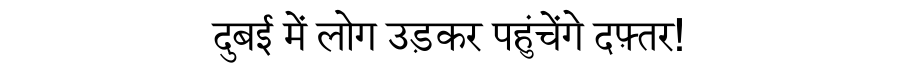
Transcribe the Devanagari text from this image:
दुबई में लोग उड़कर पहुंचेंगे दफ़्तर!